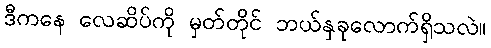
ဒီကနေ လေဆိပ်ကို မှတ်တိုင် ဘယ်နှခုလောက်ရှိသလဲ။